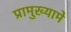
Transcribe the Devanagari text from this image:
प्रामुख्यामे